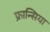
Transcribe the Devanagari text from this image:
फ्रान्सिया